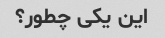
این یکی چطور؟